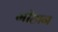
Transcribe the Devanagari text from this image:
मीहान